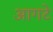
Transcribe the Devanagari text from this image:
आगटे